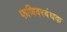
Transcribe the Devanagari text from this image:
फणिवरबंधक